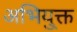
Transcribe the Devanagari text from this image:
अभियु्क्त